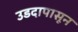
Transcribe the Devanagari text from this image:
उडदापासून